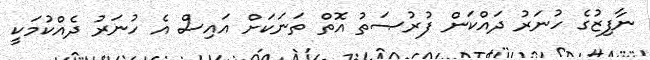
ނާފިޒުގެ ހުނަރު ދައްކަން ފުރުޞަތު އޮތް ތަނަކަށް އައިސް އެ ހުނަރު ދެއްކުމަކީ